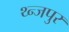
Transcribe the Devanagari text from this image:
थ्न्जपुर